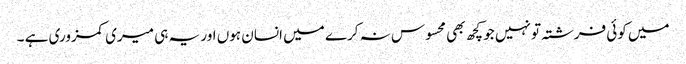
میں کوئی فرشتہ تو نہیں جو کچھ بھی محسوس نہ کرے میں انسان ہوں اور یہ ہی میری کمزوری ہے ۔